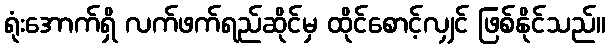
ရုံးအောက်ရှိ လက်ဖက်ရည်ဆိုင်မှ ထိုင်စောင့်လျှင် ဖြစ်နိုင်သည်။